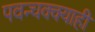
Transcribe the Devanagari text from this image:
पवन्चक्क्याही